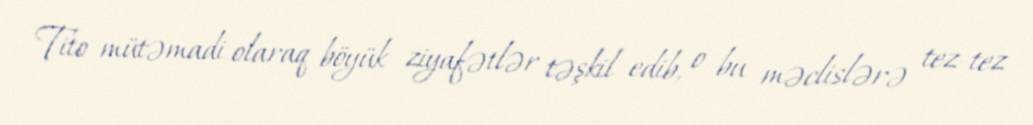
Tito mütəmadi olaraq böyük ziyafətlər təşkil edib, o bu məclislərə tez-tez